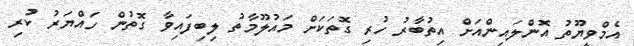
އެމްވީޔޫތު އޮންލައިންއަށް އިތުބާރު ހުރި ގޮތަކަށް މައުލޫމާތު ލިބިފައިވާ ގޮތުން ހައްޔަރު ކުރި